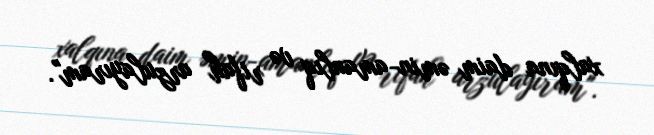
xalqına daim əmin-amanlıq və rifah arzulayıram".